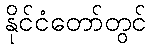
နိုင်ငံတော်တွင်